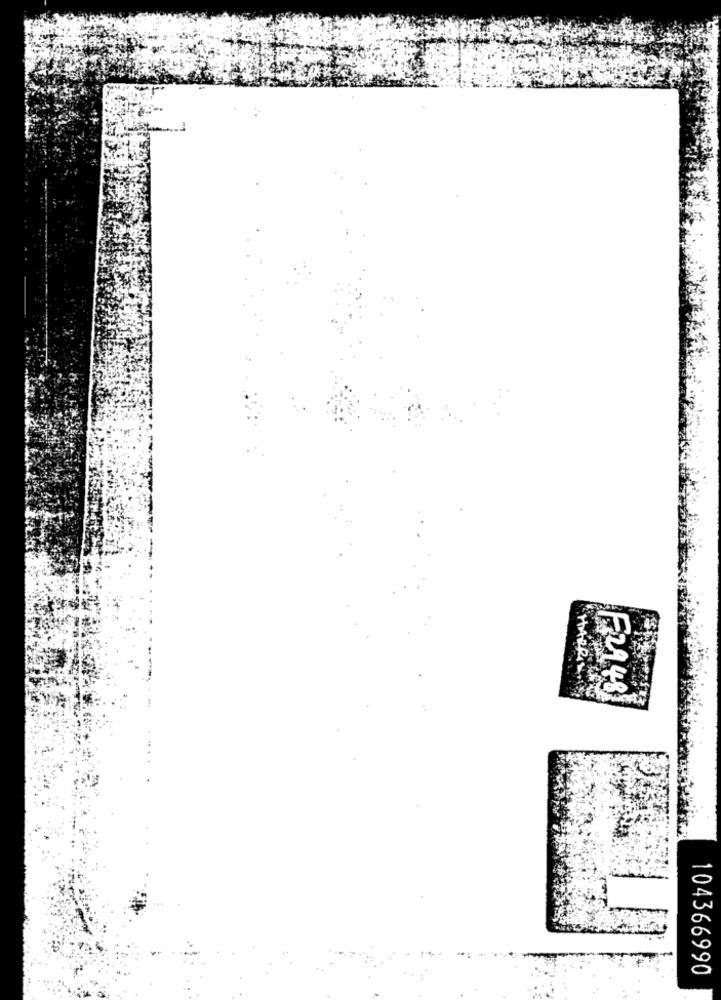
HARRIS
F2948
104366990